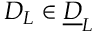
\boldsymbol { D } _ { L } \in \underline { { \boldsymbol { D } } } _ { L }